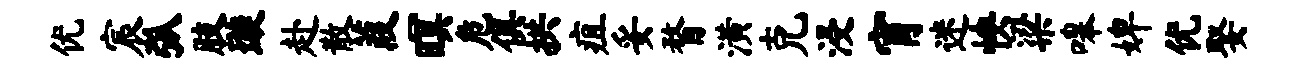
优宸弧肢璇赴散葭暝危俱拱疽妥瞀潢克浸宵迷怏梁嗥婢优娶